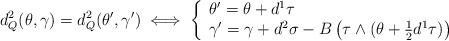
LaTeX: \begin{gather*}d^2_{Q}(\theta,\gamma)=d^2_{Q}(\theta',\gamma')\iff \left\{ \begin{array}{ll}\theta'=\theta+d^1\tau \\\gamma'=\gamma+d^2\sigma -B\left( \tau\wedge (\theta+\frac{1}{2}d^1\tau )\right) \\\end{array} \right.\end{gather*}